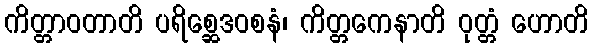
ကိတ္တာဝတာတိ ပရိစ္ဆေဒဝစနံ၊ ကိတ္တကေနာတိ ဝုတ္တံ ဟောတိ